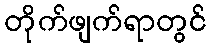
တိုက်ဖျက်ရာတွင်